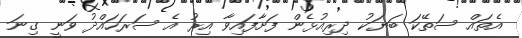
އެތައް ސަތޭކަ ބަޔަކު ދިރިއުޅެން ފަށާފައިވާ އިރު އެ ސަރަހައްދު ވަނީ ގިނަ